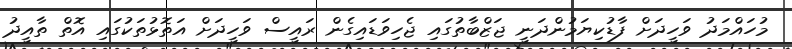
މުހައްމަދު ވަހީދަށް ފާޑުކިޔަމުންދަނީ ޖަޒްބާތުގައި ޖެހިވަޑައިގެން ރައީސް ވަހީދަށް އަތޮޅުތަކުގައި އޮތް ތާއީދު